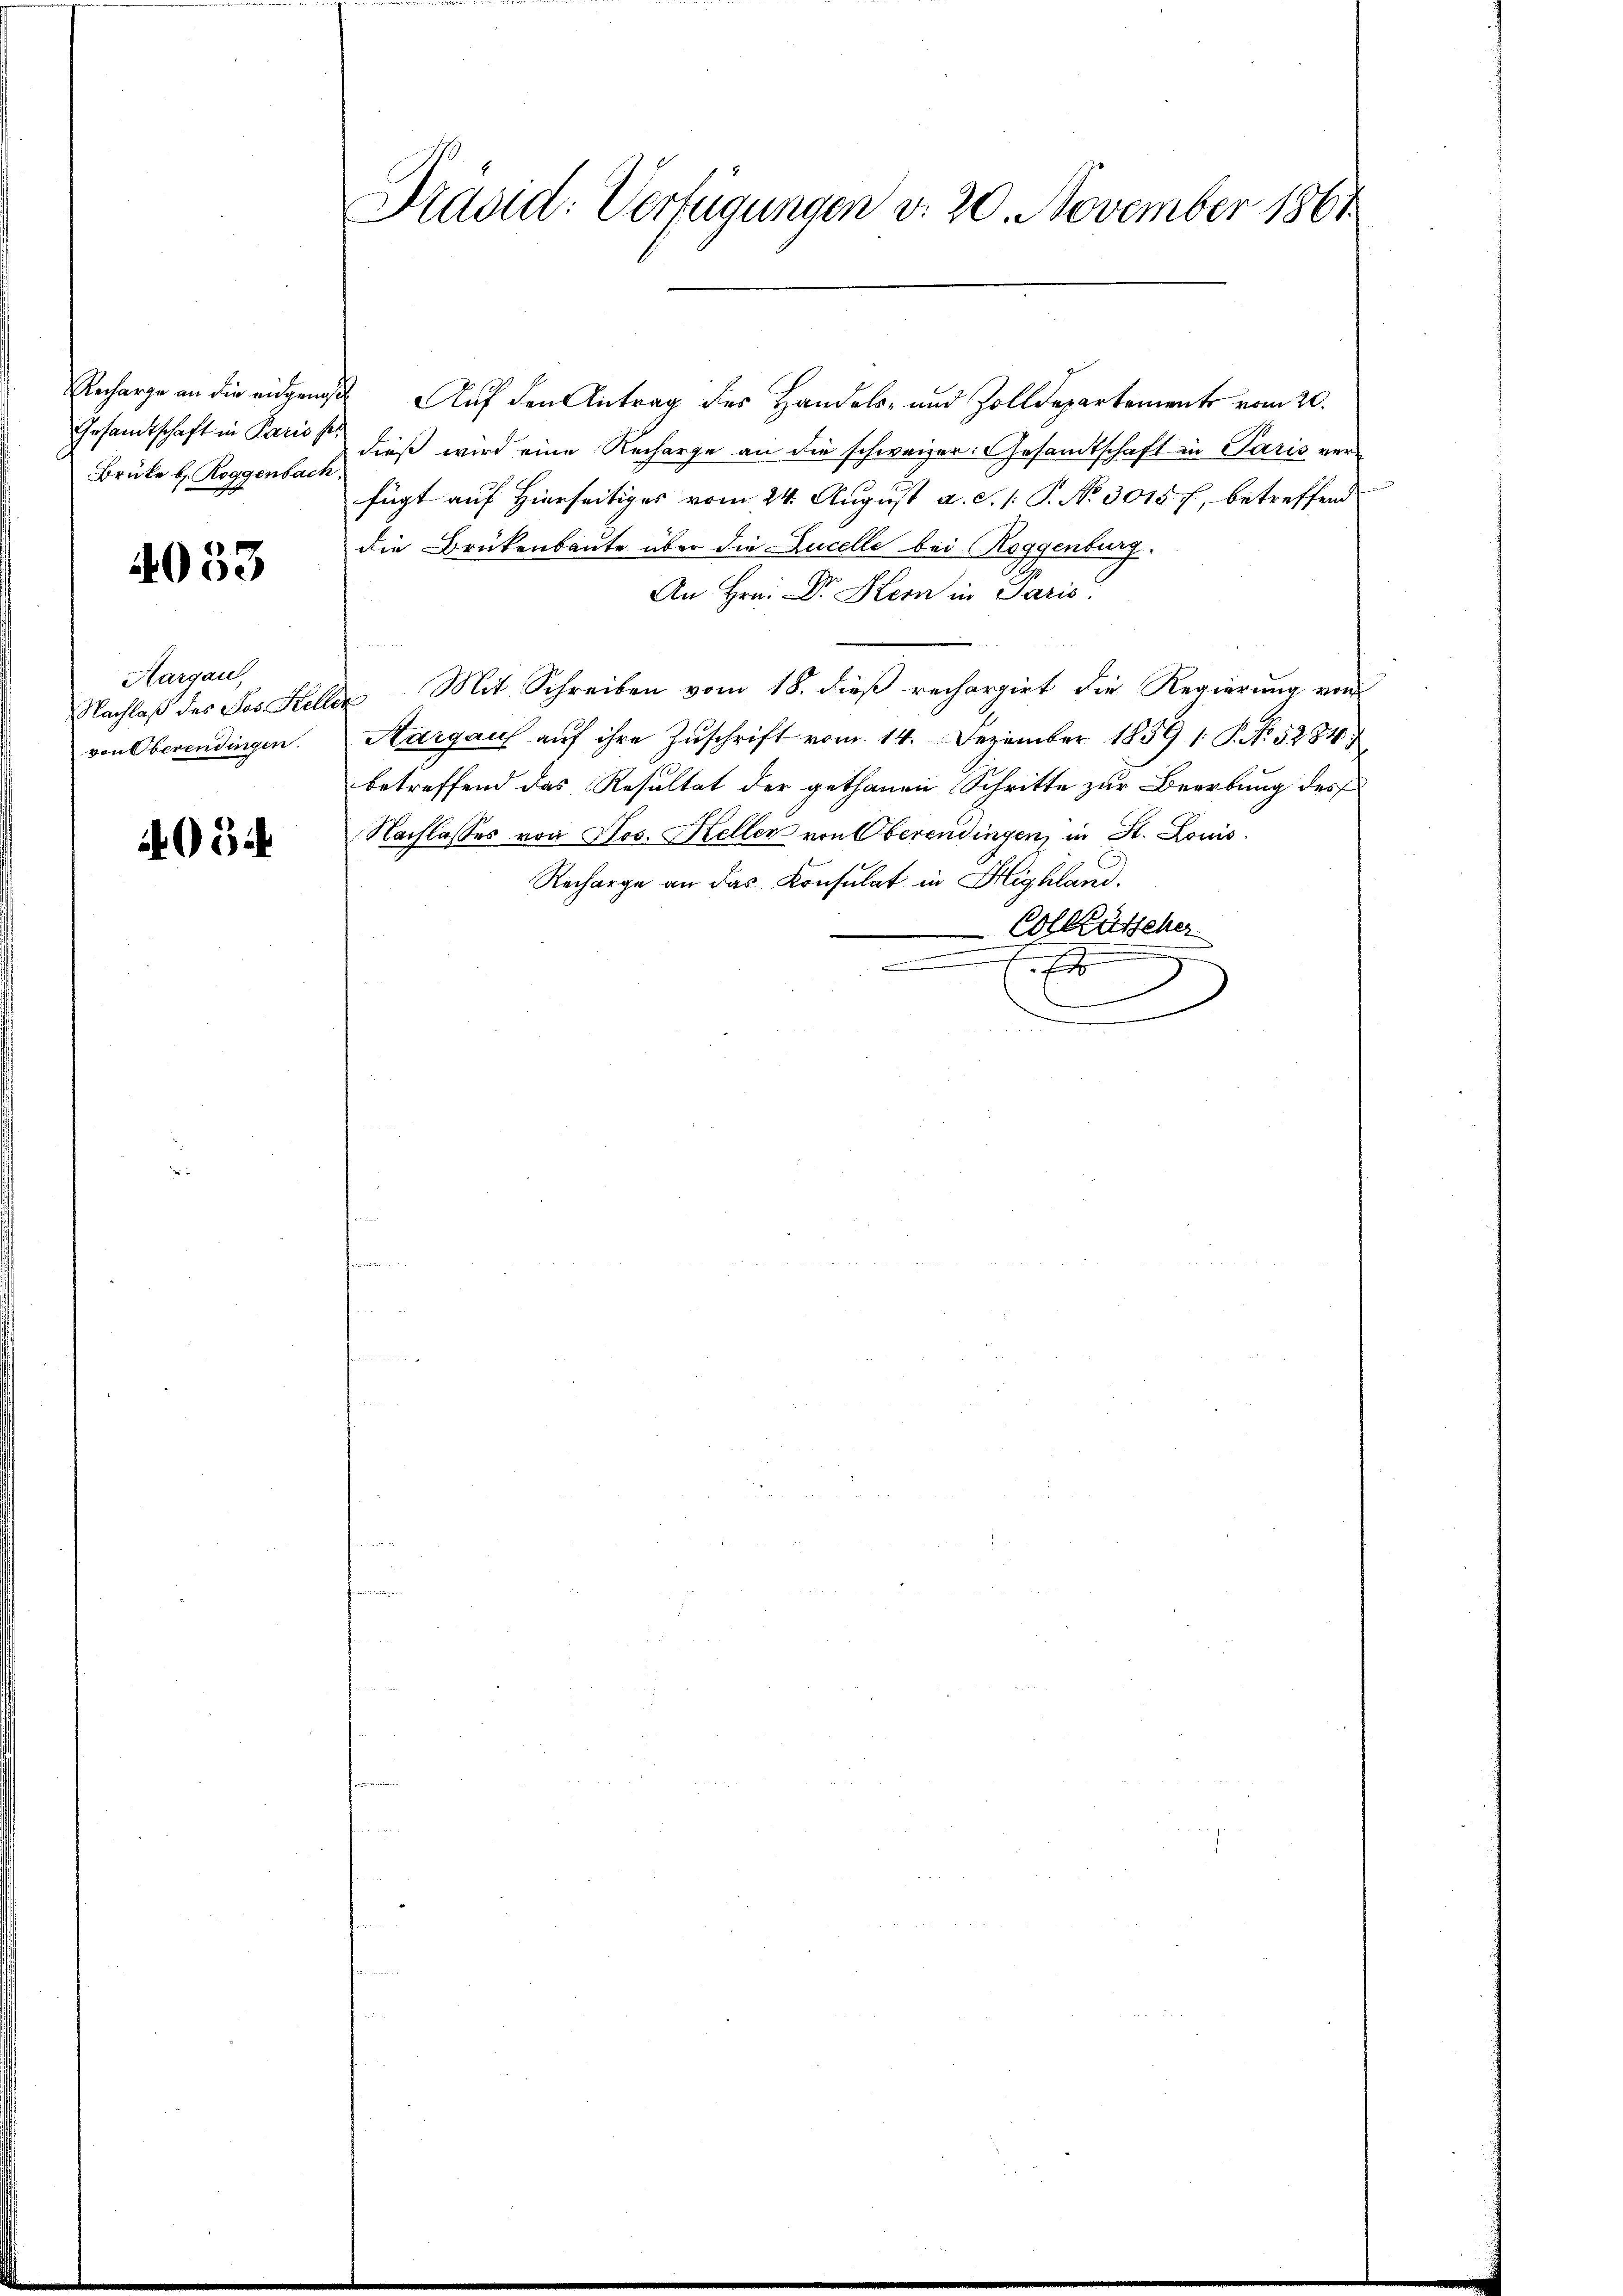
Recharge an die eidgeng
Gesamtschaft in Paris
Brüke b. Roggenbach

4033

Aargau,
Nachlaß des Jos. Kell
von Oberendingen.

403

Kraad: Verfügungen v. 20. November 1861

Auf den Antrag des Handels- und Zolldepartement vom 20.
dieß wird eine Recharge an die schweizer. Gesandtschaft in Paris verfügt auf Hierseitiges vom 24. August a. d. 1. P. No 3015 f, betreffend
die Brükenbaute über die Lucelle bei Roggenburg.
An Hrn. Dr. Kern in Paris
e
u Mit Schreiben vom 18. dieß rechargirt die Regierung von
Aargauf auf ihre Zuschrift vom 14. Dezember 1859 1. P. No. 5284
betreffend das Resultat der gethanen Schritte zur Beerbung des
Nachlasses von Jos. Keller von Oberendingen, in St. Louis
Recharge an das Konsulat in Highland,
Colktütscher
x
d